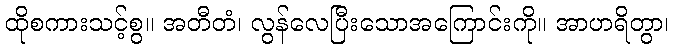
ထိုစကားသင့်စွ။ အတီတံ၊ လွန်လေပြီးသောအကြောင်းကို။ အာဟရိတွာ၊